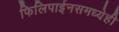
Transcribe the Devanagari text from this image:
फिलिपाईनसमध्येही